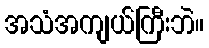
အသံအကျယ်ကြီးဘဲ။